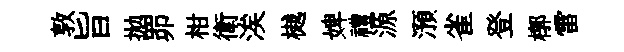
敦旨拋𦊑柑衛涘樾婢禮源澦雀登槨雷